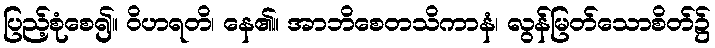
ပြည့်စုံစေ၍။ ဝိဟရတိ၊ နေ၏။ အာဘိစေတသိကာနံ၊ လွန်မြတ်သောစိတ်၌